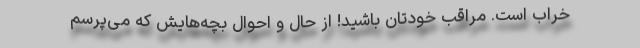
خراب است. مراقب خودتان باشید! از حال و احوال بچه‌هایش که می‌پرسم